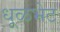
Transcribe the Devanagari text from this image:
धूळभेट